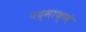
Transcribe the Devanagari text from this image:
पद्माक्षं